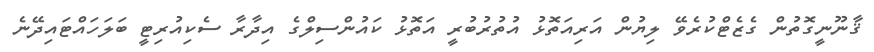
ޤާނޫނީގޮތުން ގެޒެޓްކުރެވޭ ލިޔުން އަރިއަތޮޅު އުތުރުބުރީ އަތޮޅު ކައުންސިލްގެ އިދާރާ ސެކިއުރިޓީ ބަލަހައްޓައިދޭނެ